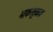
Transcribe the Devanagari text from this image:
भाकरतुकडा